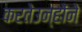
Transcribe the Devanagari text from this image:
करतेउन्होंने